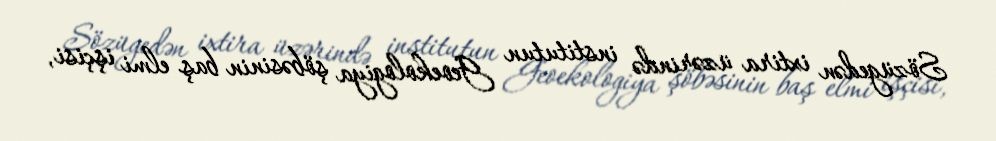
Sözügedən ixtira üzərində institutun Geoekologiya şöbəsinin baş elmi işçisi,